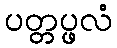
ပတ္တပ္ဖလံ